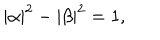
LaTeX: \left| \alpha \right| ^ { 2 } - \left| \beta \right| ^ { 2 } = 1 ,